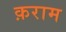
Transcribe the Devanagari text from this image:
क़राम